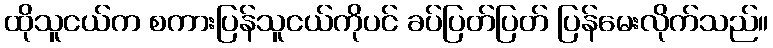
ထိုသူငယ်က စကားပြန်သူငယ်ကိုပင် ခပ်ပြတ်ပြတ် ပြန်မေးလိုက်သည်။